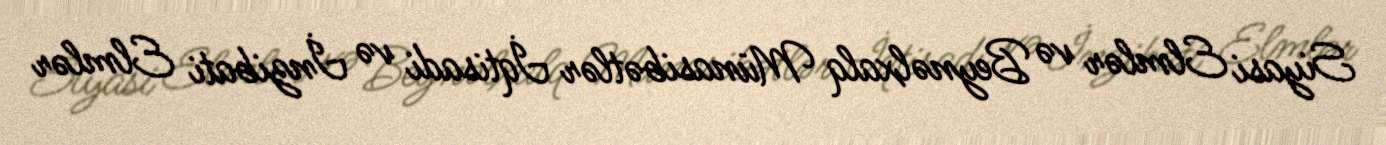
Siyasi Elmlər və Beynəlxalq Münasibətlər İqtisadi və İnzibati Elmlər